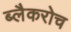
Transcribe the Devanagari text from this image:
ब्लैकरोच